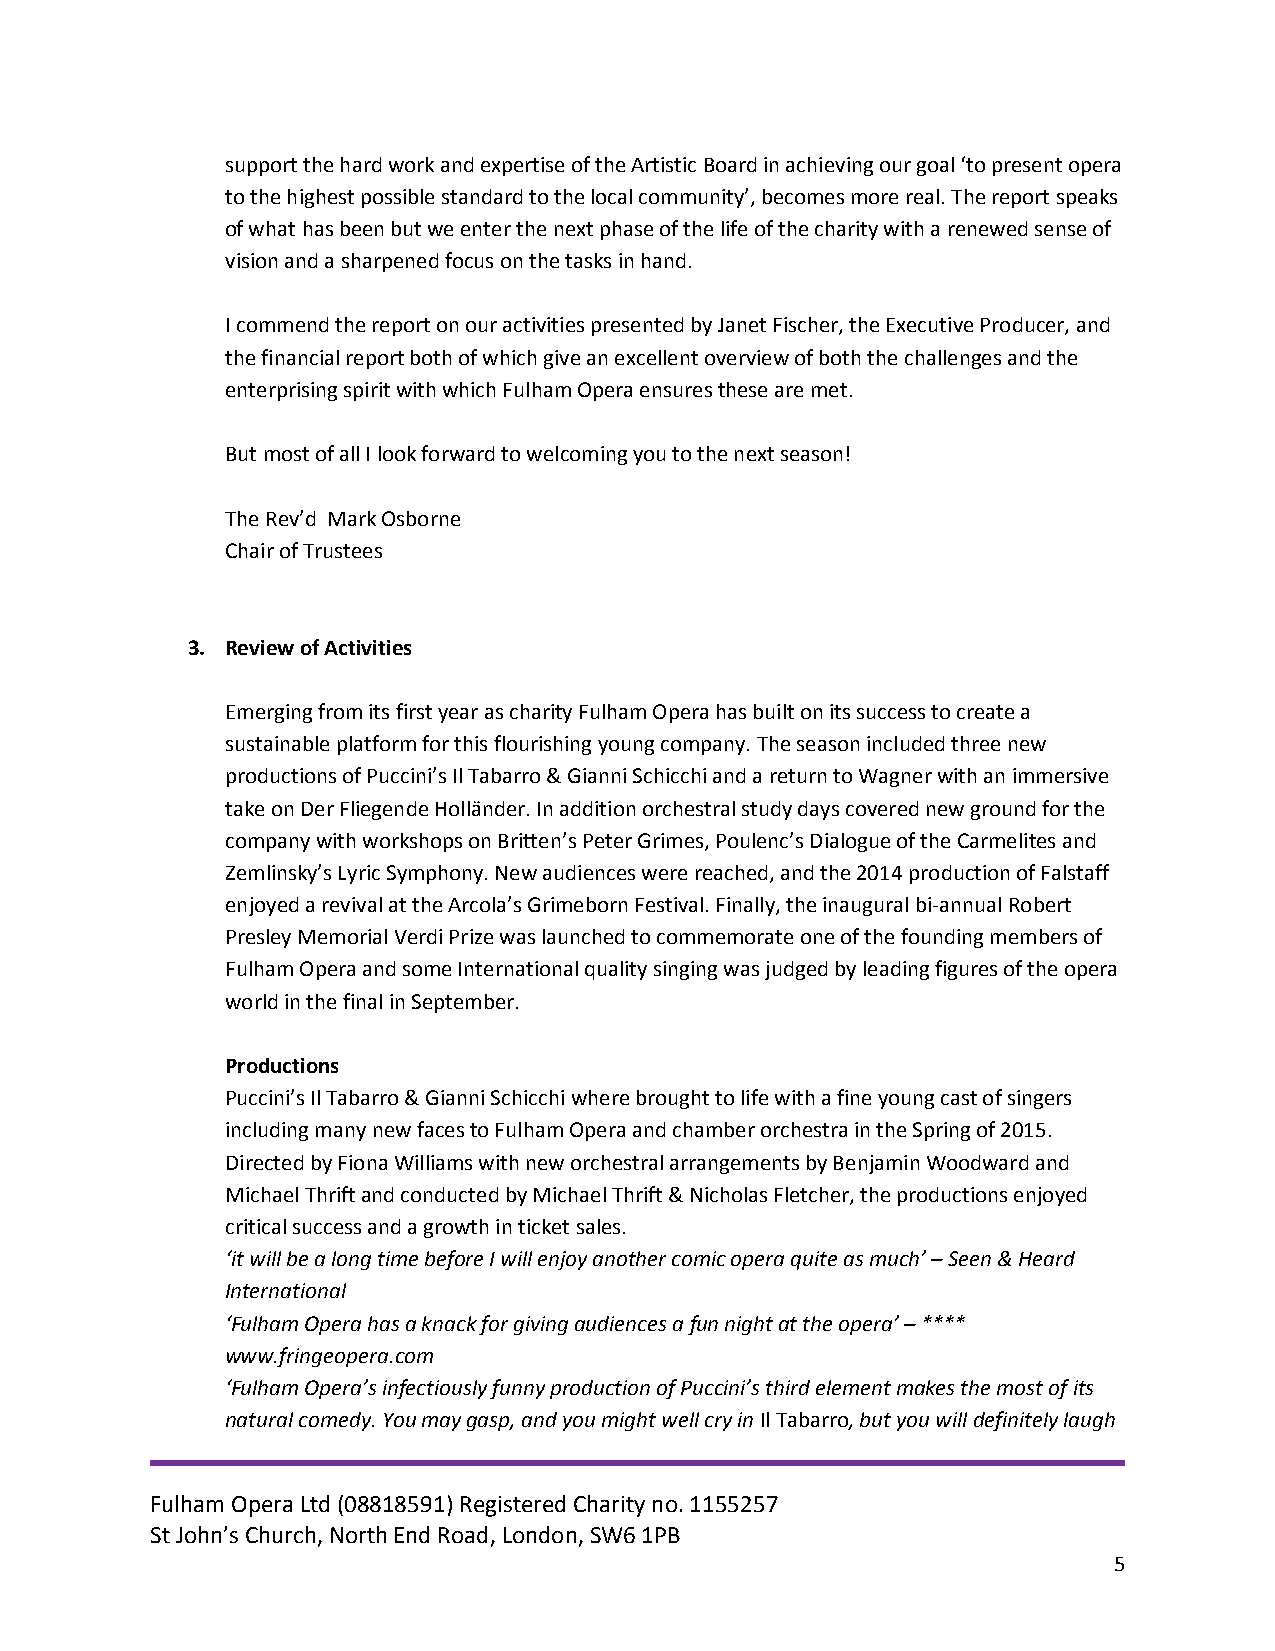
support the hard work and expertise of the Artistic Board in achieving our goal ‘to present opera
 to the highest possible standard to the local community’, becomes more real. The report speaks
 of what has been but we enter the next phase of the life of the charity with a renewed sense of
 vision and a sharpened focus on the tasks in hand.
 I commend the report on our activities presented by Janet Fischer, the Executive Producer, and
 the financial report both of which give an excellent overview of both the challenges and the
 enterprising spirit with which Fulham Opera ensures these are met.
 But most of all I look forward to welcoming you to the next season!
 The Rev’d Mark Osborne
 Chair of Trustees
 3. Review of Activities
 Emerging from its first year as charity Fulham Opera has built on its success to create a
 sustainable platform for this flourishing young company. The season included three new
 productions of Puccini’s Il Tabarro & Gianni Schicchi and a return to Wagner with an immersive
 take on Der Fliegende Holländer. In addition orchestral study days covered new ground for the
 company with workshops on Britten’s Peter Grimes, Poulenc’s Dialogue of the Carmelites and
 Zemlinsky’s Lyric Symphony. New audiences were reached, and the 2014 production of Falstaff
 enjoyed a revival at the Arcola’s Grimeborn Festival. Finally, the inaugural bi-annual Robert
 Presley Memorial Verdi Prize was launched to commemorate one of the founding members of
 Fulham Opera and some International quality singing was judged by leading figures of the opera
 world in the final in September.
 Productions
 Puccini’s Il Tabarro & Gianni Schicchi where brought to life with a fine young cast of singers
 including many new faces to Fulham Opera and chamber orchestra in the Spring of 2015.
 Directed by Fiona Williams with new orchestral arrangements by Benjamin Woodward and
 Michael Thrift and conducted by Michael Thrift & Nicholas Fletcher, the productions enjoyed
 critical success and a growth in ticket sales.
 ‘it will be a long time before I will enjoy another comic opera quite as much’ – Seen & Heard
 International
 ‘Fulham Opera has a knack for giving audiences a fun night at the opera’ – ****
 www.fringeopera.com
 ‘Fulham Opera’s infectiously funny production of Puccini’s third element makes the most of its
 natural comedy. You may gasp, and you might well cry in Il Tabarro, but you will definitely laugh
 Fulham Opera Ltd (08818591) Registered Charity no. 1155257
 St John’s Church, North End Road, London, SW6 1PB
 5